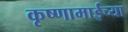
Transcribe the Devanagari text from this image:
कृष्णामाईंच्या